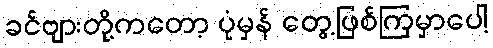
ခင်ဗျားတို့ကတော့ ပုံမှန် တွေ့ဖြစ်ကြမှာပေါ့